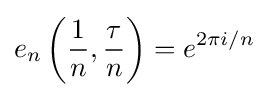
e_{n}\left({\frac {1}{n}},{\frac {\tau }{n}}\right)=e^{2\pi i/n}